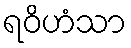
ရဝိဟံသာ